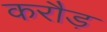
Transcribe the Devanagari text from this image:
करौड़